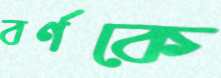
বর্ণকে